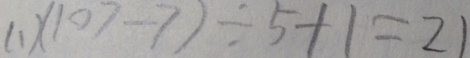
( 1 ) ( 1 0 7 - 7 ) \div 5 + 1 = 2 1